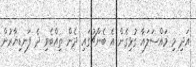
އަދި މި މައްސަލައާ ގުޅިގެން އެ ބެންޗުގައި ދެން ތިއްބެވި ދެ ފަނޑިޔާރުން